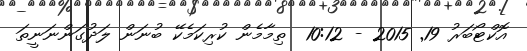
އޮކްޓޯބަރު 19